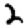
Digit: 2